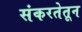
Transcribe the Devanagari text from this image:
संकरतेतून